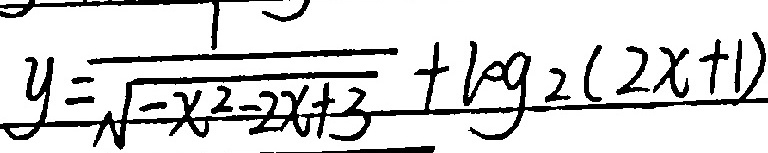
y = \frac { 1 } { \sqrt { - x ^ { 2 } - 2 x + 3 } } + \log _ { 2 } ( 2 x + 1 )